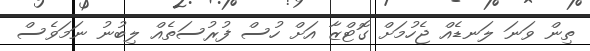
ތިން ވަނަ ލަނޑެއް ޖެހުމަށް ގޮޓްޒާ އަށް ހުސް ފުރުސަތެއް ލިބުނު ނަަމަވެސް